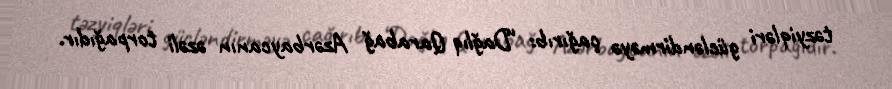
təzyiqləri gücləndirməyə çağırıb: “Dağlıq Qarabağ Azərbaycanın əzəli torpağıdır.